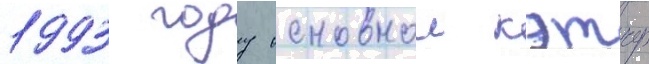
1993 году основнои кэтчер